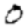
Digit: 0